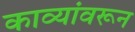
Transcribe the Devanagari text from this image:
काव्यांवरून